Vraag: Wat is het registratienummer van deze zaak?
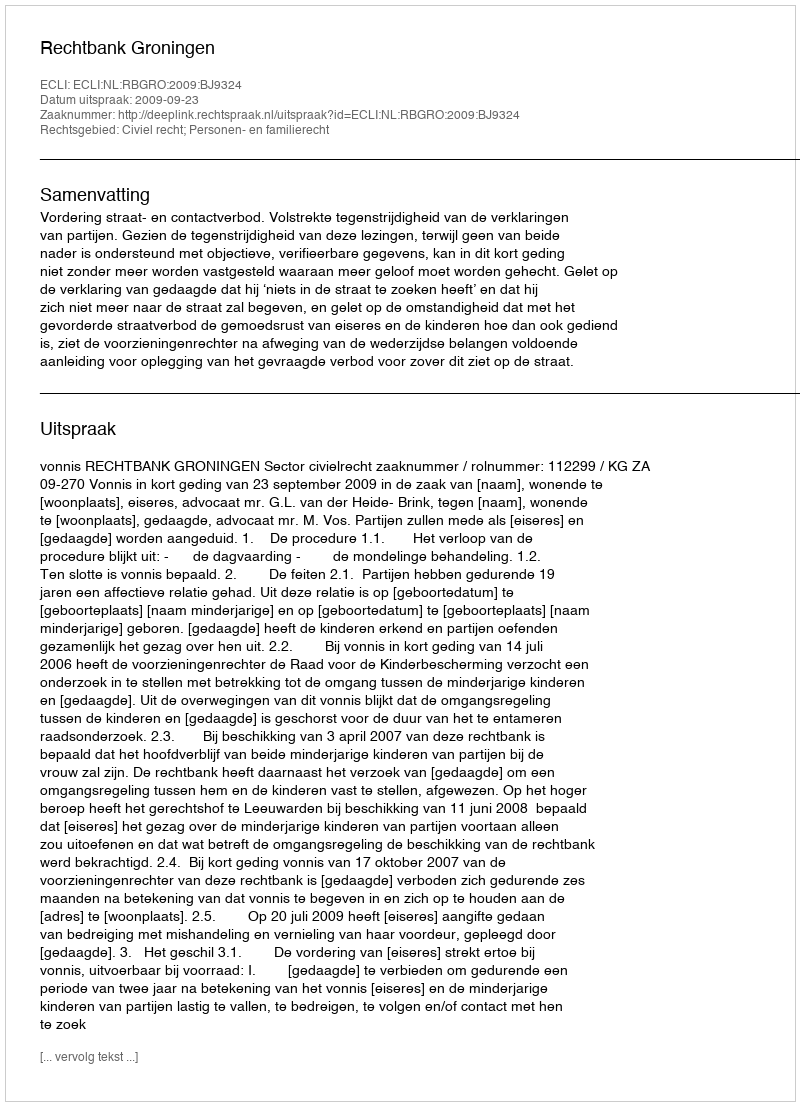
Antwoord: http://deeplink.rechtspraak.nl/uitspraak?id=ECLI:NL:RBGRO:2009:BJ9324